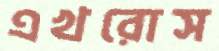
এখরোস